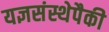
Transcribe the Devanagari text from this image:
यज्ञसंस्थेपैकी